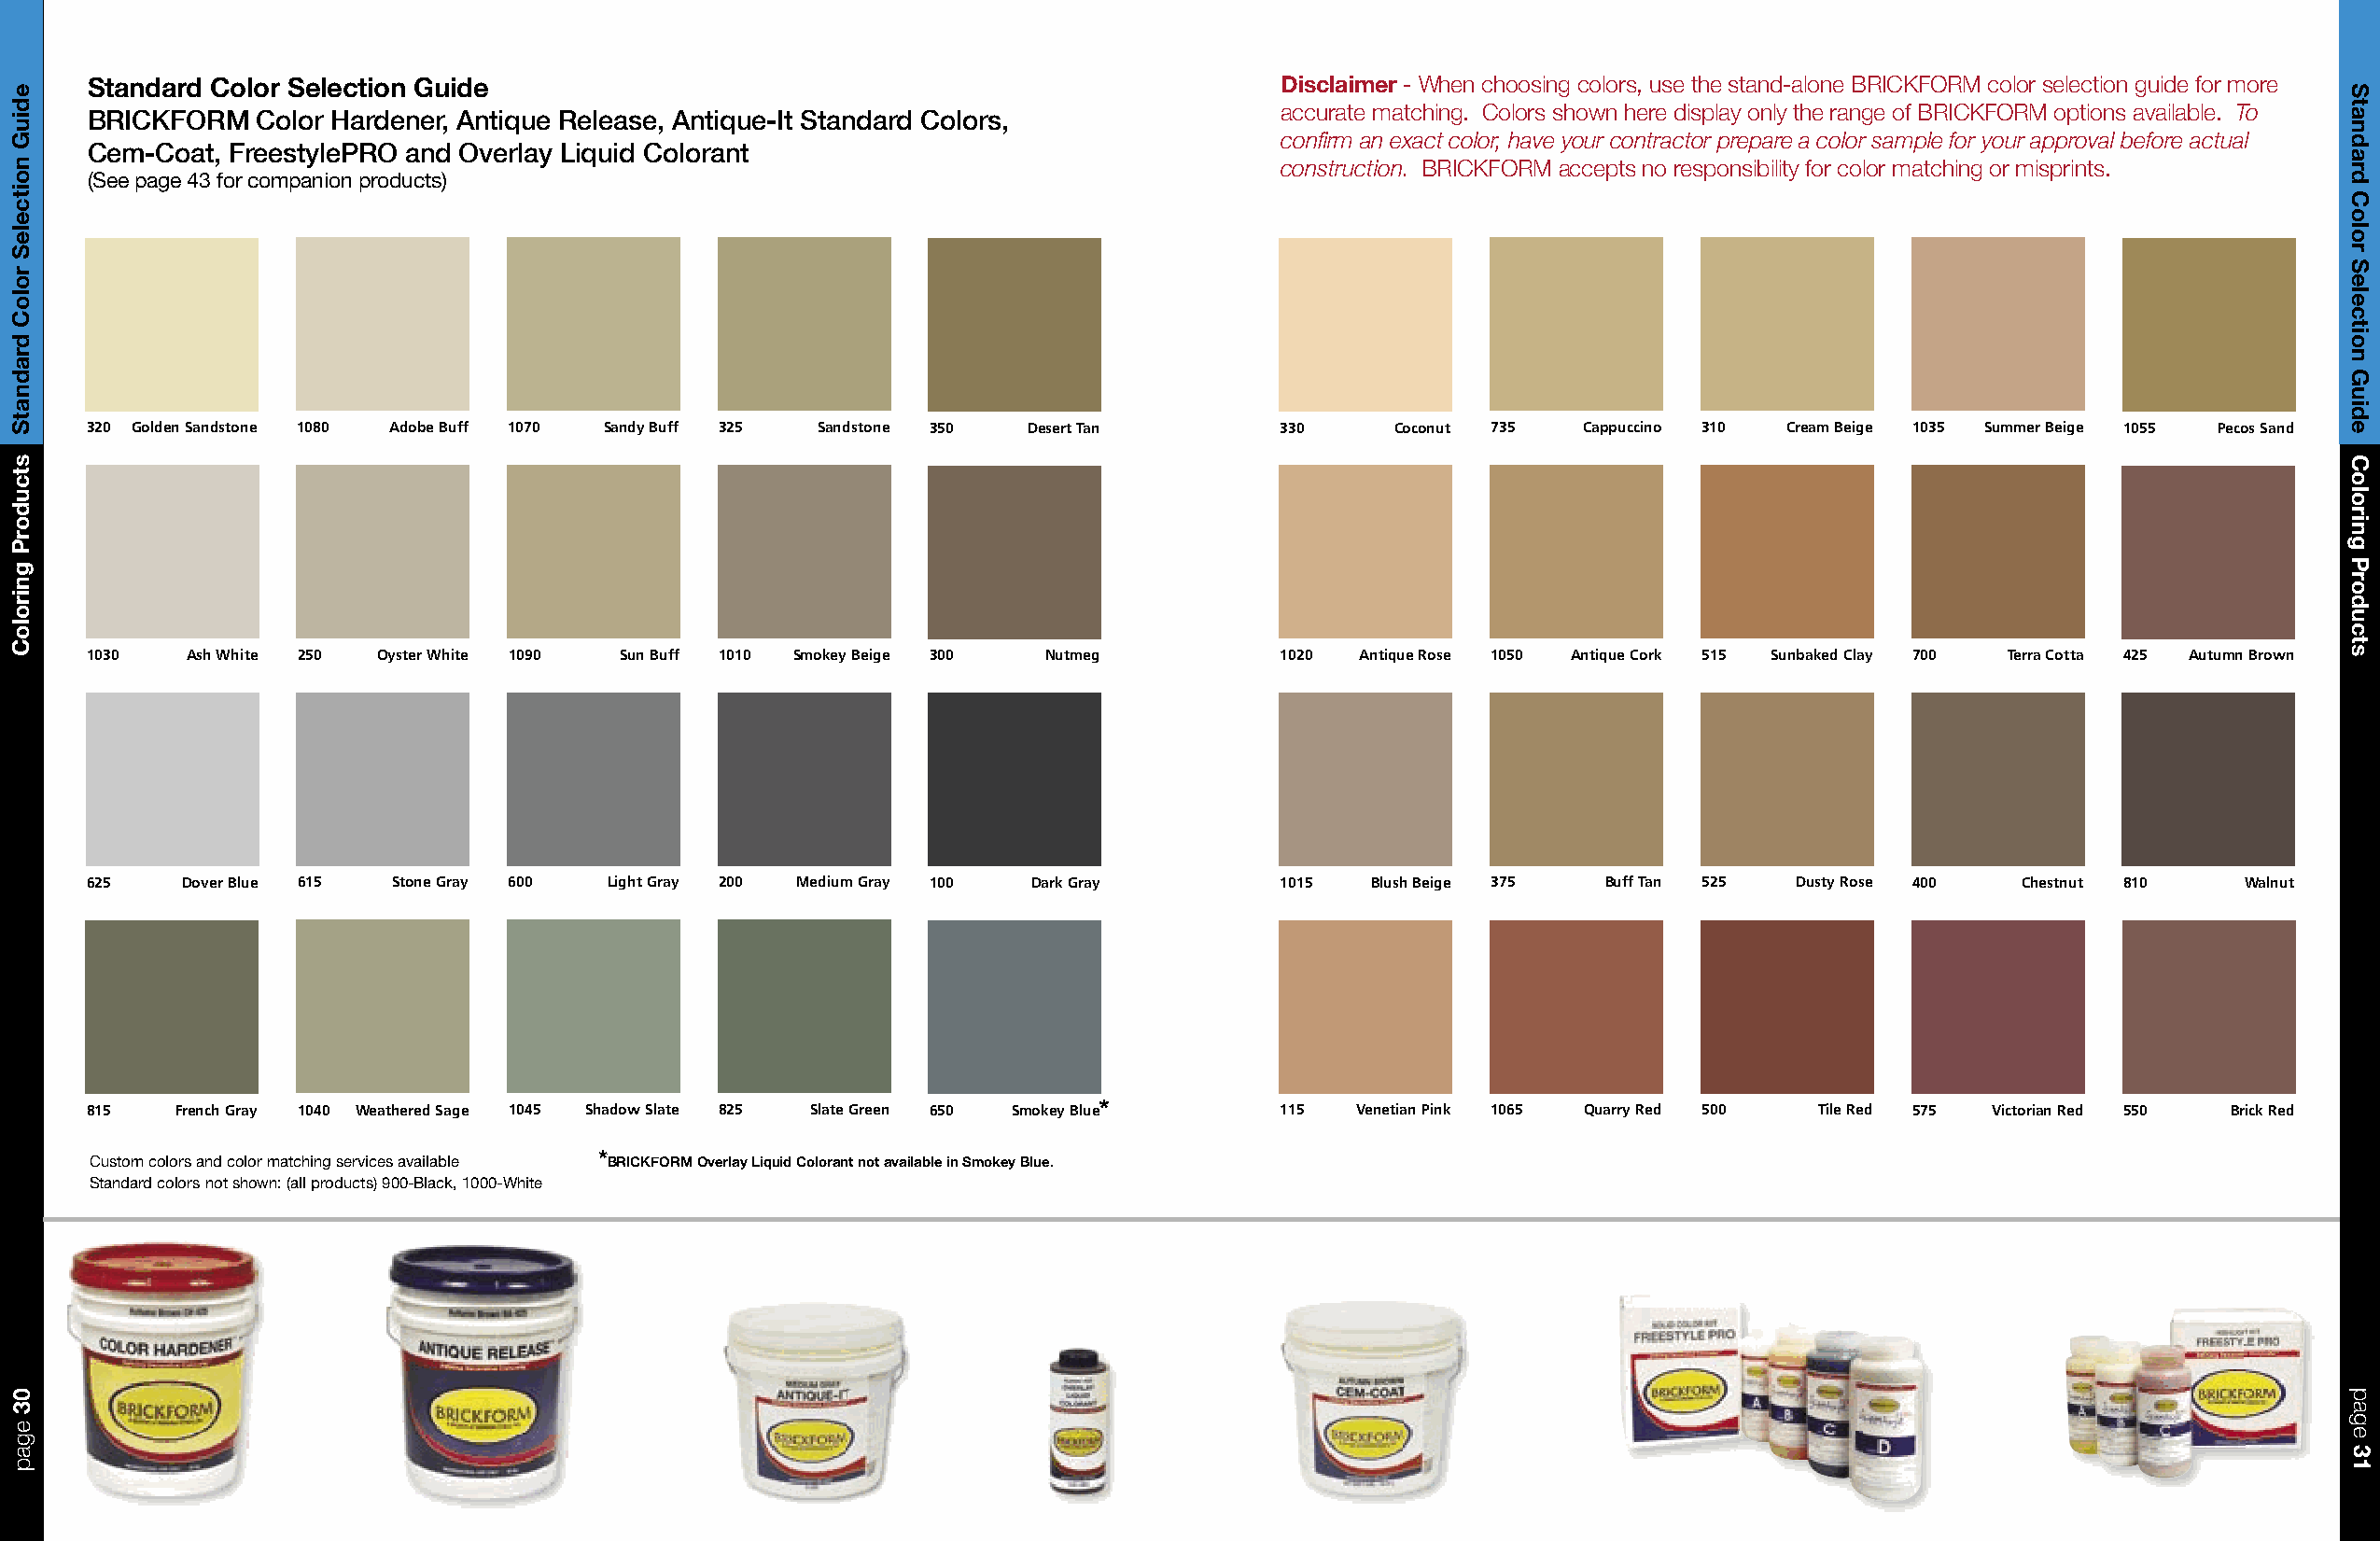
Standard Color Selection Guide                                                       Disclaimer - When choosing colors, use the stand-alone BRICKFORM color selection guide for more
 accurate matching. Colors shown here display only the range of BRICKFORM options available. To
 BRICKFORM   Color Hardener, Antique Release, Antique-It Standard Colors,
 confirm an exact color, have your contractor prepare a color sample for your approval before actual
 Cem-Coat, FreestylePRO and Overlay Liquid Colorant
 construction. BRICKFORM accepts no responsibility for color matching or misprints.
 (See page 43 for companion products)
 320 Golden Sandstone 1080 Adobe Buff 1070 Sandy Buff 325 Sandstone 350 Desert Tan    330     Coconut 735  Cappuccino 310 Cream Beige 1035 Summer Beige 1055 Pecos Sand
 1030   Ash White 250 Oyster White 1090 Sun Buff 1010 Smokey Beige 300 Nutmeg         1020 Antique Rose 1050 Antique Cork 515 Sunbaked Clay 700 Terra Cotta 425 Autumn Brown
 625    Dover Blue 615 Stone Gray 600 Light Gray 200 Medium Gray 100 Dark Gray        1015  Blush Beige 375  Buff Tan 525 Dusty Rose 400  Chestnut 810    Walnut
 815   French Gray 1040 Weathered Sage 1045 Shadow Slate 825 Slate Green 650 Smokey Blue* 115 Venetian Pink 1065 Quarry Red 500 Tile Red 575 Victorian Red 550 Brick Red
 *
 Custom colors and color matching services available BRICKFORM Overlay Liquid Colorant not available in Smokey Blue.
 Standard colors not shown: (all products) 900-Black, 1000-White
 ediuG
 noitceleS
 roloC
 dradnatS
 stcudorP
 gniroloC
 03
 egap
 Standard
 Color
 Selection
 Guide
 Coloring
 Products
 page
 31